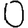
Digit: 0